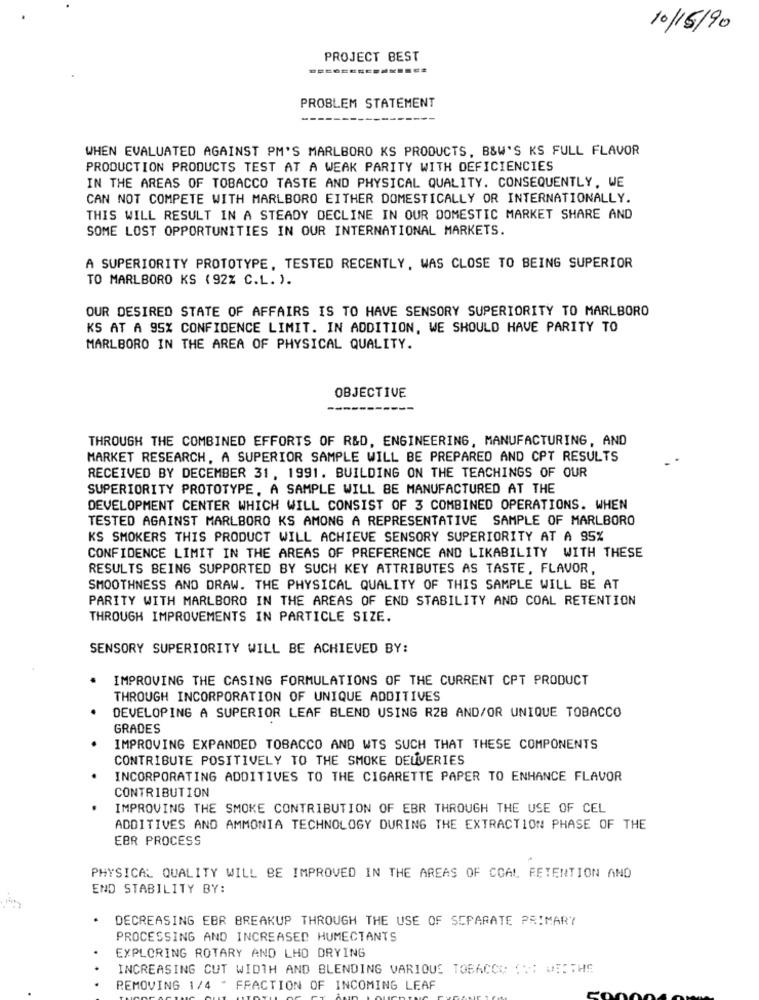
10/15/90
PROJECT BEST
PROBLEM STATEMENT
WHEN EVALUATED AGAINST PM'S MARLBORO KS PRODUCTS, B&W'S KS FULL FLAVOR
PRODUCTION PRODUCTS TEST AT A WEAK PARITY WITH DEFICIENCIES
IN THE AREAS OF TOBACCO TASTE AND PHYSICAL QUALITY. CONSEQUENTLY, WE
CAN NOT COMPETE WITH MARLBORO EITHER DOMESTICALLY OR INTERNATIONALLY.
THIS WILL RESULT IN A STEADY DECLINE IN OUR DOMESTIC MARKET SHARE AND
SOME LOST OPPORTUNITIES IN OUR INTERNATIONAL MARKETS.
A SUPERIORITY PROTOTYPE, TESTED RECENTLY, WAS CLOSE TO BEING SUPERIOR
TO MARLBORO KS (92% C.L. ).
OUR DESIRED STATE OF AFFAIRS IS TO HAVE SENSORY SUPERIORITY TO MARLBORO
KS AT A 95% CONFIDENCE LIMIT. IN ADDITION, WE SHOULD HAVE PARITY TO
MARLBORO IN THE AREA OF PHYSICAL QUALITY.
OBJECTIVE
THROUGH THE COMBINED EFFORTS OF R&D, ENGINEERING, MANUFACTURING, AND
MARKET RESEARCH, A SUPERIOR SAMPLE WILL BE PREPARED AND CPT RESULTS
RECEIVED BY DECEMBER 31, 1991. BUILDING ON THE TEACHINGS OF OUR
SUPERIORITY PROTOTYPE, A SAMPLE WILL BE MANUFACTURED AT THE
DEVELOPMENT CENTER WHICH WILL CONSIST OF 3 COMBINED OPERATIONS. WHEN
TESTED AGAINST MARLBORO KS AMONG A REPRESENTATIVE SAMPLE OF MARLBORO
KS SMOKERS THIS PRODUCT WILL ACHIEVE SENSORY SUPERIORITY AT A 95%
CONFIDENCE LIMIT IN THE AREAS OF PREFERENCE AND LIKABILITY WITH THESE
RESULTS BEING SUPPORTED BY SUCH KEY ATTRIBUTES AS TASTE, FLAVOR,
SMOOTHNESS AND DRAW. THE PHYSICAL QUALITY OF THIS SAMPLE WILL BE AT
PARITY WITH MARLBORO IN THE AREAS OF END STABILITY AND COAL RETENTION
THROUGH IMPROVEMENTS IN PARTICLE SIZE.
SENSORY SUPERIORITY WILL BE ACHIEVED BY:
IMPROVING THE CASING FORMULATIONS OF THE CURRENT CPT PRODUCT
THROUGH INCORPORATION OF UNIQUE ADDITIVES
DEVELOPING A SUPERIOR LEAF BLEND USING R28 AND/OR UNIQUE TOBACCO
GRADES
IMPROVING EXPANDED TOBACCO AND WTS SUCH THAT THESE COMPONENTS
CONTRIBUTE POSITIVELY TO THE SMOKE DEUVERIES
INCORPORATING ADDITIVES TO THE CIGARETTE PAPER TO ENHANCE FLAVOR
CONTRIBUTION
IMPROVING THE SMOKE CONTRIBUTION OF EBR THROUGH THE USE OF CEL
ADDITIVES AND AMMONIA TECHNOLOGY DURING THE EXTRACTION PHASE OF THE
EBR PROCESS
PHYSICAL QUALITY WILL BE IMPROVED IN THE AREAS OF CCAL FETENTION AND
END STABILITY BY:
DECREASING EBR BREAKUP THROUGH THE USE OF SEPARATE PRIMARY
PROCESSING AND INCREASED HUMECTANTS
EXPLORING ROTARY AND LHO DRYING
INCREASING CUT WIDTH AND BLENDING VARIQUE TOBACCO OM: WIRTHS
.
REMOVING 1/4 * FRACTION OF INCOMING LEAF